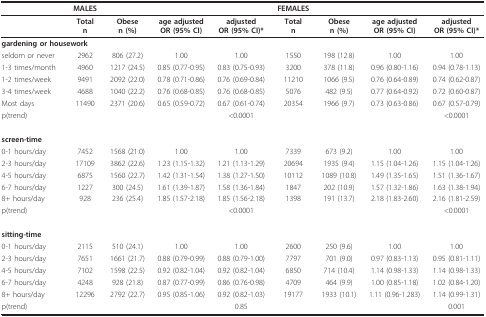
<table><thead><tr><td></td><td><b>MALES</b></td><td></td><td></td><td></td><td><b>FEMALES</b></td><td></td><td></td><td></td></tr></thead><tbody><tr><td></td><td><b>Total</b><b>n</b></td><td><b>Obese</b><b>n (%)</b></td><td><b>age adjusted</b><b>OR (95% CI)</b></td><td><b>adjusted</b><b>OR (95% CI)*</b></td><td><b>Total</b><b>n</b></td><td><b>Obese</b><b>n (%)</b></td><td><b>age adjusted</b><b>OR (95% CI)</b></td><td><b>adjusted</b><b>OR (95% CI)*</b></td></tr><tr><td colspan="2"><b>gardening or housework</b></td><td></td><td></td><td></td><td></td><td></td><td></td><td></td></tr><tr><td>seldom or never</td><td>2962</td><td>806 (27.2)</td><td>1.00</td><td>1.00</td><td>1550</td><td>198 (12.8)</td><td>1.00</td><td>1.00</td></tr><tr><td>1-3 times/month</td><td>4960</td><td>1217 (24.5)</td><td>0.85 (0.77-0.95)</td><td>0.83 (0.75-0.93)</td><td>3200</td><td>378 (11.8)</td><td>0.96 (0.80-1.16)</td><td>0.94 (0.78-1.13)</td></tr><tr><td>1-2 times/week</td><td>9491</td><td>2092 (22.0)</td><td>0.78 (0.71-0.86)</td><td>0.76 (0.69-0.84)</td><td>11210</td><td>1066 (9.5)</td><td>0.76 (0.64-0.89)</td><td>0.74 (0.62-0.87)</td></tr><tr><td>3-4 times/week</td><td>4688</td><td>1040 (22.2)</td><td>0.76 (0.68-0.85)</td><td>0.76 (0.68-0.85)</td><td>5076</td><td>482 (9.5)</td><td>0.77 (0.64-0.92)</td><td>0.72 (0.60-0.87)</td></tr><tr><td>Most days</td><td>11490</td><td>2371 (20.6)</td><td>0.65 (0.59-0.72)</td><td>0.67 (0.61-0.74)</td><td>20354</td><td>1966 (9.7)</td><td>0.73 (0.63-0.86)</td><td>0.67 (0.57-0.79)</td></tr><tr><td>p(trend)</td><td></td><td></td><td></td><td>&lt;0.0001</td><td></td><td></td><td></td><td>&lt;0.0001</td></tr><tr><td colspan="2"><b>screen-time</b></td><td></td><td></td><td></td><td></td><td></td><td></td><td></td></tr><tr><td>0-1 hours/day</td><td>7452</td><td>1568 (21.0)</td><td>1.00</td><td>1.00</td><td>7339</td><td>673 (9.2)</td><td>1.00</td><td>1.00</td></tr><tr><td>2-3 hours/day</td><td>17109</td><td>3862 (22.6)</td><td>1.23 (1.15-1.32)</td><td>1.21 (1.13-1.29)</td><td>20694</td><td>1935 (9.4)</td><td>1.15 (1.04-1.26)</td><td>1.15 (1.04-1.26)</td></tr><tr><td>4-5 hours/day</td><td>6875</td><td>1560 (22.7)</td><td>1.42 (1.31-1.54)</td><td>1.38 (1.27-1.50)</td><td>10112</td><td>1089 (10.8)</td><td>1.49 (1.35-1.65)</td><td>1.51 (1.36-1.67)</td></tr><tr><td>6-7 hours/day</td><td>1227</td><td>300 (24.5)</td><td>1.61 (1.39-1.87)</td><td>1.58 (1.36-1.84)</td><td>1847</td><td>202 (10.9)</td><td>1.57 (1.32-1.86)</td><td>1.63 (1.38-1.94)</td></tr><tr><td>8+ hours/day</td><td>928</td><td>236 (25.4)</td><td>1.85 (1.57-2.18)</td><td>1.85 (1.56-2.18)</td><td>1398</td><td>191 (13.7)</td><td>2.18 (1.83-2.60)</td><td>2.16 (1.81-2.59)</td></tr><tr><td>p(trend)</td><td></td><td></td><td></td><td>&lt;0.0001</td><td></td><td></td><td></td><td>&lt;0.0001</td></tr><tr><td colspan="2"><b>sitting-time</b></td><td></td><td></td><td></td><td></td><td></td><td></td><td></td></tr><tr><td>0-1 hours/day</td><td>2115</td><td>510 (24.1)</td><td>1.00</td><td>1.00</td><td>2600</td><td>250 (9.6)</td><td>1.00</td><td>1.00</td></tr><tr><td>2-3 hours/day</td><td>7651</td><td>1661 (21.7)</td><td>0.88 (0.79-0.99)</td><td>0.88 (0.79-1.00)</td><td>7797</td><td>701 (9.0)</td><td>0.97 (0.83-1.13)</td><td>0.95 (0.81-1.11)</td></tr><tr><td>4-5 hours/day</td><td>7102</td><td>1598 (22.5)</td><td>0.92 (0.82-1.04)</td><td>0.92 (0.82-1.04)</td><td>6850</td><td>714 (10.4)</td><td>1.14 (0.98-1.33)</td><td>1.14 (0.98-1.33)</td></tr><tr><td>6-7 hours/day</td><td>4248</td><td>928 (21.8)</td><td>0.87 (0.77-0.99)</td><td>0.86 (0.76-0.98)</td><td>4709</td><td>464 (9.9)</td><td>1.00 (0.85-1.18)</td><td>1.02 (0.84-1.20)</td></tr><tr><td>8+ hours/day</td><td>12296</td><td>2792 (22.7)</td><td>0.95 (0.85-1.06)</td><td>0.92 (0.82-1.03)</td><td>19177</td><td>1933 (10.1)</td><td>1.11 (0.96-1.283)</td><td>1.14 (0.99-1.31)</td></tr><tr><td>p(trend)</td><td></td><td></td><td></td><td>0.85</td><td></td><td></td><td></td><td>0.001</td></tr></tbody></table>